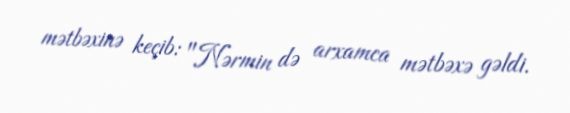
mətbəxinə keçib: "Nərmin də arxamca mətbəxə gəldi.